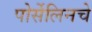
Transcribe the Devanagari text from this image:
पोर्सेलिनचे